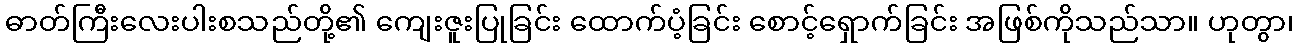
ဓာတ်ကြီးလေးပါးစသည်တို့၏ ကျေးဇူးပြုခြင်း ထောက်ပံ့ခြင်း စောင့်ရှောက်ခြင်း အဖြစ်ကိုသည်သာ။ ဟုတွာ၊